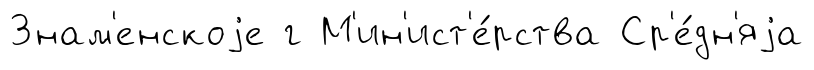
Знам'енскоjе г М'ин'ист'е́рства Ср'е́дн'яjа